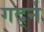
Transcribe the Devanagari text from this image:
गर्द्न